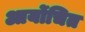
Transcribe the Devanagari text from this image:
आर्योचित